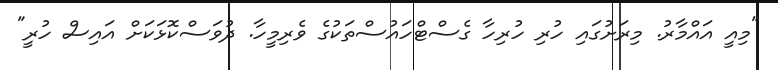
"މިއީ އައްމާރު. މިރަށުގައި ހުރި ހުރިހާ ގެސްޓްހައުސްތަކުގެ ވެރިމީހާ. ދުވަސްކޮޅަކަށް އައިސް ހުރީ"